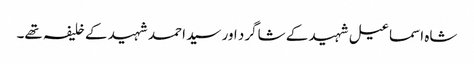
شاہ اسماعیل شہید کے شاگرد اور سید احمد شہید کے خلیفہ تھے۔